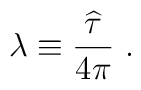
\lambda\equiv{{\widehat\tau}\over 4\pi}~.